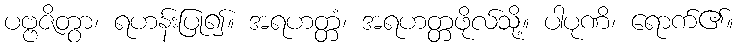
ပဗ္ဗဇိတွာ၊ ရဟန်းပြု၍။ အရဟတ္တံ၊ အရဟတ္တဖိုလ်သို့။ ပါပုဏိ၊ ရောက်၏။